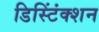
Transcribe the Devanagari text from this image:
डिस्टिंंक्शन